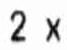
2 X